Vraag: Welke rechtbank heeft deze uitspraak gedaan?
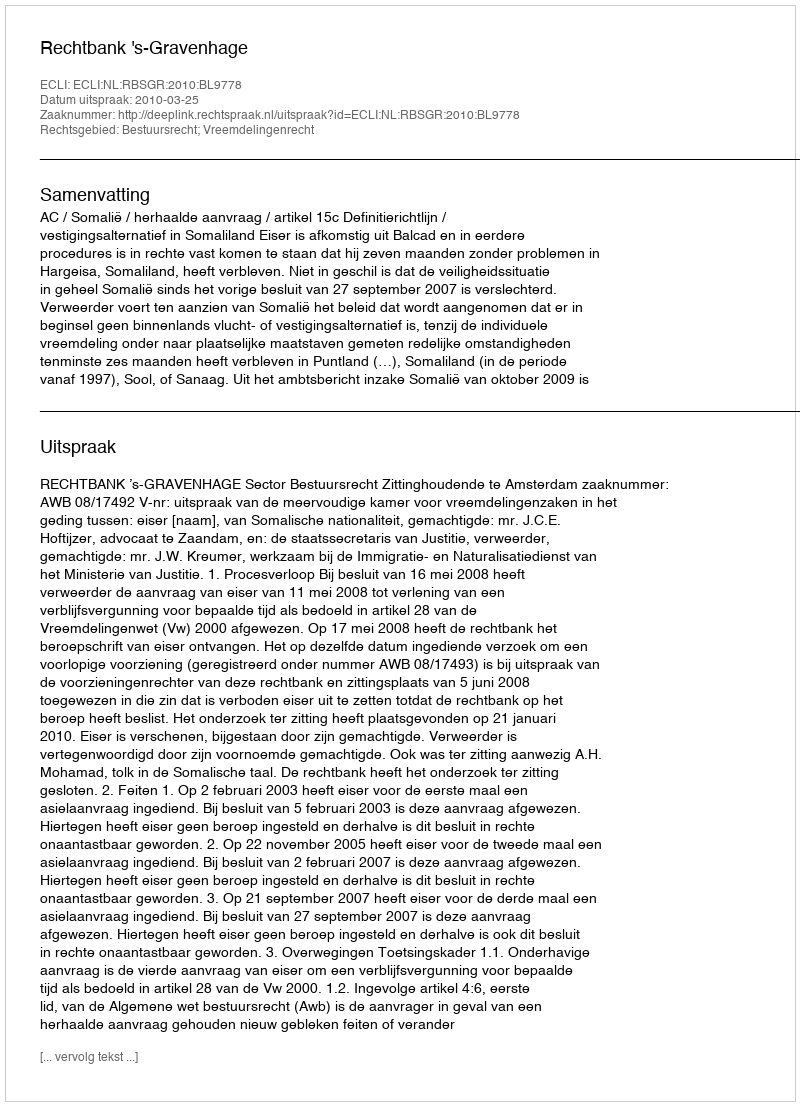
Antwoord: Rechtbank 's-Gravenhage